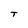
Character: T